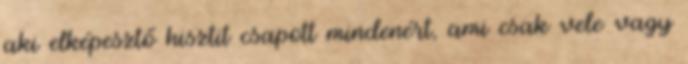
aki elképesztő hisztit csapott mindenért, ami csak vele vagy